Insane asylums in Bengal annual reports 1867-1875 - 1867-1875
Year: 1867
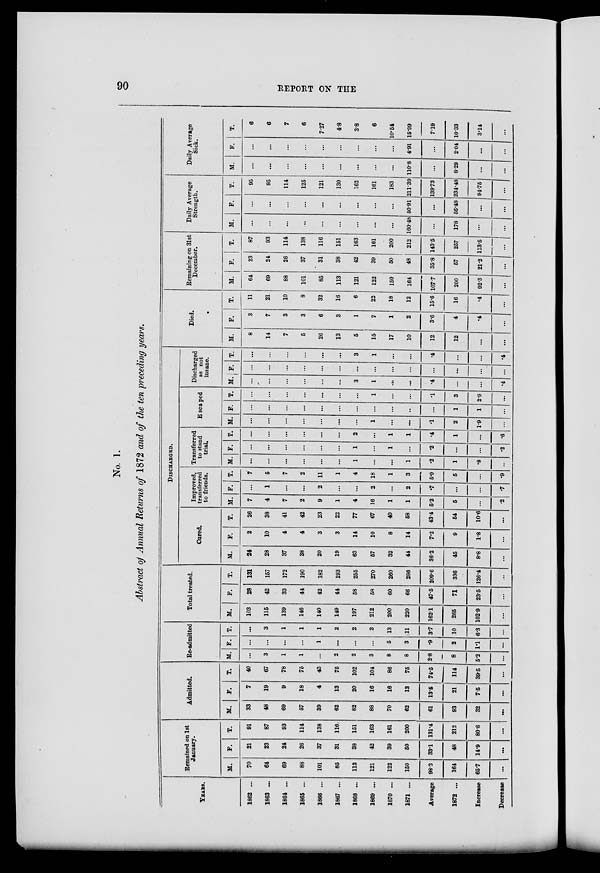
90
REPORT ON THE
No. 1.
Abstract of Annual Returns of 1872 and of the ten preceding years.
YEARS.
1862 ...
1863 ...
1864 ...
1865 ...
1866 ...
1867 ...
1868 ...
1669 ...
1870 ...
1871 ...
Average
1872 ...
Increase
Decrease
Remained on 1st
January.
M.
70
64
69
88
101
85
113
121
122
150
98.3
164
65.7
...
F.
21
23
24
26
37
31
38
42
39
50
33.1
48
14.9
...
T.
91
87
93
114
138
116
151
163
161
200
131.4
212
80.6
...
Admitted.
M.
33
48
69
57
39
62
82
88
70
62
61
93
32
...
F.
7
19
9
18
4
13
20
16
16
13
13.5
21
7.5
...
T.
40
67
78
75
43
75
102
104
86
75
74.5
114
39.5
...
Re-admitted
M.
...
3
1
1
...
2
2
3
8
8
2.8
8
5.2
...
F.
...
...
...
...
1
...
...
...
5
3
.9
2
1.1
...
T.
...
3
1
1
1
2
2
3
13
11
3.7
10
6.3
...
Total treated.
M.
103
115
139
146
140
149
197
212
200
220
162.1
265
102.9
...
F.
28
42
33
44
42
44
58
58
60
66
47.5
71
23.5
...
T.
131
157
172
190
182
193
255
270
260
286
209.6
336
126.4
...
DISCHARGED.
Cured.
M.
24
28
37
38
20
19
63
57
32
44
36.2
45
8.8
...
F.
2
10
4
4
3
3
14
10
8
14
7.2
9
1.8
...
T.
26
38
41
42
23
22
77
67
40
58
43.4
54
10.6
...
Improved,
transferred
to friends.
M.
7
4
7
2
9
1
4
16
1
1
5.2
5
...
.2
F.
...
1
...
...
2
...
...
2
...
2
.7
...
...
.7
T.
7
5
7
2
11
1
4
18
1
3
5.9
5
...
.9
Transferred
to stand
trial.
M.
...
...
...
...
...
...
1
...
...
1
.2
1
.8
...
F.
...
...
...
...
...
...
1
...
1
...
.2
...
...
.2
T.
...
...
...
...
...
...
2
...
1
1
.4
1
...
.6
Escaped.
M.
...
...
...
...
...
...
...
1
...
...
.1
2
1.9
...
F.
...
...
...
...
...
...
...
...
...
...
...
1
1
...
T.
...
...
...
...
...
...
...
1
...
...
.1
3
2.9
...
Discharged
as not
insane.
M.
...
...
...
...
...
...
3
1
...
...
.4
...
...
.4
F.
...
...
...
...
...
...
...
...
...
...
...
...
...
...
T.
...
...
...
...
...
...
3
1
...
...
.4
...
...
.4
Died.
M.
8
14
7
5
26
13
5
15
17
10
12
12
...
...
F.
3
7
3
3
6
3
1
7
1
2
3.6
4
.4
...
T.
11
21
10
8
32
16
6
22
18
12
15.6
16
.4
...
Remaining on 31st
December.
M.
64
69
88
101
85
113
121
122
150
164
107.7
200
92.3
...
F.
23
24
26
37
31
38
42
39
50
48
35.8
57
21.2
...
T.
87
93
114
138
116
151
163
161
200
212
143.5
257
113.5
...
Daily Average
Strength.
M.
...
...
...
...
...
...
...
...
...
160.48
...
178
...
...
F.
...
...
...
...
...
...
...
...
...
50.91
...
56.48
...
...
T.
95
95
114
125
121
130
162
161
183
211.39
139.73
234.48
94.75
...
Daily Average
Sick.
M.
...
...
...
...
...
...
...
...
...
110.8
...
8.29
...
...
F.
...
...
...
...
...
...
...
...
...
4.91
...
2.04
...
. . .
T.
6
6
7
6
7.27
4.8
3.8
6
10.54
15.99
7.19
10.33
3.14
...